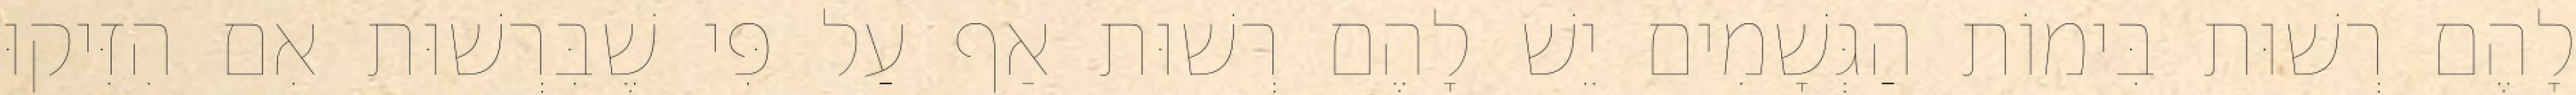
לָהֶם רְשׁוּת בִּימוֹת הַגְּשָׁמִים יֵשׁ לָהֶם רְשׁוּת אַף עַל פִּי שֶׁבִּרְשׁוּת אִם הִזִּיקוּ